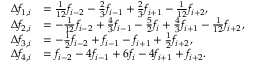
\begin{array} { r l } { \Delta f _ { 1 , i } } & { = \frac { 1 } { 1 2 } f _ { i - 2 } - \frac { 2 } { 3 } f _ { i - 1 } + \frac { 2 } { 3 } f _ { i + 1 } - \frac { 1 } { 1 2 } f _ { i + 2 } , } \\ { \Delta f _ { 2 , i } } & { = - \frac { 1 } { 1 2 } f _ { i - 2 } + \frac { 4 } { 3 } f _ { i - 1 } - \frac { 5 } { 2 } f _ { i } + \frac { 4 } { 3 } f _ { i + 1 } - \frac { 1 } { 1 2 } f _ { i + 2 } , } \\ { \Delta f _ { 3 , i } } & { = - \frac { 1 } { 2 } f _ { i - 2 } + f _ { i - 1 } - f _ { i + 1 } + \frac { 1 } { 2 } f _ { i + 2 } , } \\ { \Delta f _ { 4 , i } } & { = f _ { i - 2 } - 4 f _ { i - 1 } + 6 f _ { i } - 4 f _ { i + 1 } + f _ { i + 2 } . } \end{array}